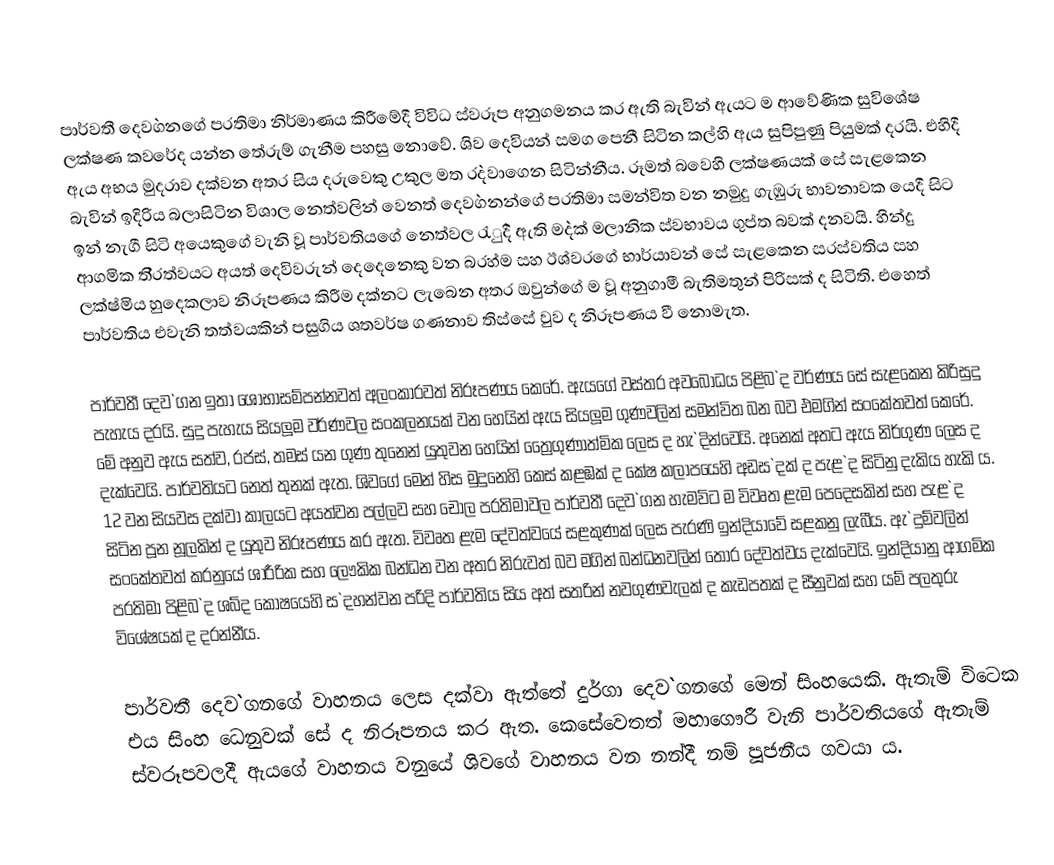
පාර්වතී දෙව`ගනගේ ප‍්‍රතිමා නිර්මාණය කිරීමේදී විවිධ ස්වරූප අනුගමනය කර ඇති බැවින් ඇයට ම ආවේණික සුවිශේෂ ලක්ෂණ කවරේද යන්න තේරුම් ගැනීම පහසු නොවේ. ශිව දෙවියන් සමග පෙනී සිටින කල්හි ඇය සුපිපුණු පියුමක් දරයි. එහිදී ඇය අභය මුද‍්‍රාව දක්වන අතර සිය දරුවෙකු උකුල මත ර`දවාගෙන සිටින්නීය. රූමත් බවෙහි ලක්ෂණයක් සේ සැළකෙන බැවින් ඉදිරිය බලාසිටින විශාල නෙත්වලින් වෙනත් දෙව`ගනන්ගේ ප‍්‍රතිමා සමන්විත වන නමුදු ගැඹුරු භාවනාවක යෙදී සිට ඉන් නැගී සිටි අයෙකුගේ වැනි වූ පාර්වතියගේ නෙත්වල රැු`දී ඇති ම`දක් මලානික ස්වභාවය ගුප්ත බවක් දනවයි. හින්දු ආගමික ති‍්‍රත්වයට අයත් දෙවිවරුන් දෙදෙනෙකු වන බ‍්‍රහ්ම සහ ඊශ්වරගේ භාර්යාවන් සේ සැළකෙන සරස්වතිය සහ ලක්ෂ්මිය හුදෙකලාව නිරූපණය කිරීම දක්නට ලැබෙන අතර ඔවුන්ගේ ම වූ අනුගාමී බැතිමතුන් පිරිසක් ද සිටිති. එහෙත් පාර්වතිය එවැනි තත්වයකින් පසුගිය ශතවර්ෂ ගණනාව තිස්සේ වුව ද නිරූපණය වී නොමැත.

පාර්වතී දෙව`ගන ඉතා ශෝභාසම්පන්නවත් අලංකාරවත් නිරූපණය කෙරේ. ඇයගේ වස්ත‍්‍ර අවබෝධය පිළිබ`ද වර්ණය සේ සැළකෙන කිරිසුදු පැහැය දරයි. සුදු පැහැය සියලූම වර්ණවල සංකලනයක් වන හෙයින් ඇය සියලූම ගුණවලින් සමන්විත බන බව එමගින් සංකේතවත් කෙරේ. මේ අනුව ඇය සත්ව, රජස්, තමස් යන ගුණ තුනෙන් යුතුවන හෙයින් ත්‍රෛගුණාත්මික ලෙස ද හැ`දින්වෙයි.  අනෙක් අතට ඇය නිර්ගුණ ලෙස ද දැක්වෙයි. පාර්වතියට නෙත් තුනක් ඇත. ශිවගේ මෙන් හිස මුදුනෙහි කෙස් කළඹක් ද කේෂ කලාපයෙහි අඩස`දක් ද පැළ`ද සිටිනු දැකිය හැකි ය. 12 වන සියවස දක්වා කාලයට අයත්වන පල්ලව සහ චෝල ප‍්‍රතිමාවල පාර්වතී දෙව`ගන හැමවිට ම විවෘත ළැම පෙදෙසකින් සහ පැළ`ද සිටින පූන නූලකින් ද යුතුව නිරූපණය කර ඇත. විවෘත ළැම දේවත්වයේ සළකුණක් ලෙස පැරණි ඉන්දියාවේ සළකනු ලැබීය. ඇ`දුම්වලින් සංකේතවත් කරනුයේ ශාරීරික සහ ලෞකික බන්ධන වන අතර නිරුවත් බව මගින් බන්ධනවලින් තොර දේවත්වය දැක්වෙයි. ඉන්දියානු ආගමික ප‍්‍රතිමා පිළිබ`ද ශබ්ද කෝෂයෙහි ස`දහන්වන පරිදි පාර්වතිය සිය අත් සතරින් නවගුණවැලක් ද කැඩපතක් ද සීනුවක් සහ යම් පලතුරු විශේෂයක් ද දරන්නීය.

පාර්වතී දෙව`ගනගේ වාහනය ලෙස දක්වා ඇත්තේ දුර්ගා දෙව`ගනගේ මෙන් සිංහයෙකි. ඇතැම් විටෙක එය සිංහ ධෙනුවක් සේ ද නිරූපනය කර ඇත. කෙසේවෙතත් මහාගෞරී වැනි පාර්වතියගේ ඇතැම් ස්වරූපවලදී ඇයගේ වාහනය වනුයේ ශිවගේ වාහනය වන නන්දී නම්  පූජනීය ගවයා ය.